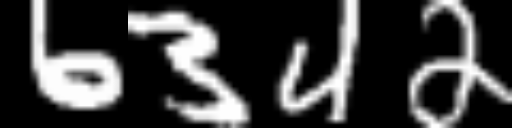
Text: 6342